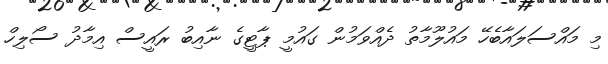
މި މައްސަލައާބެހޭ މައުލޫމާތު ދެއްވަމުން ގައުމީ ޕާޓީގެ ނާއިބު ރައީސް އިމާދު ސޯލިހް